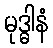
မုဒ္ဓါနံ